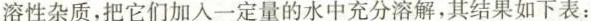
溶性杂质，把它们加入一定量的水中充分溶解，其结果如下表：